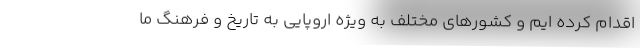
اقدام کرده ایم و کشورهای مختلف به ویژه اروپایی به تاریخ و فرهنگ ما